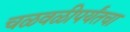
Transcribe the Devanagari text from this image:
चळवळीपर्यंतचा